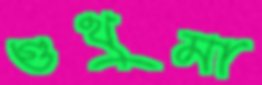
গুথুমা